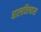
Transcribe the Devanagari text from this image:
घालविल्यास